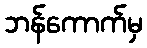
ဘန်ကောက်မှ